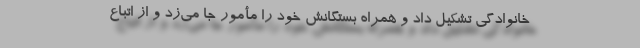
خانوادگی تشکیل داد و همراه بستگانش خود را مأمور جا می‌زد و از اتباع